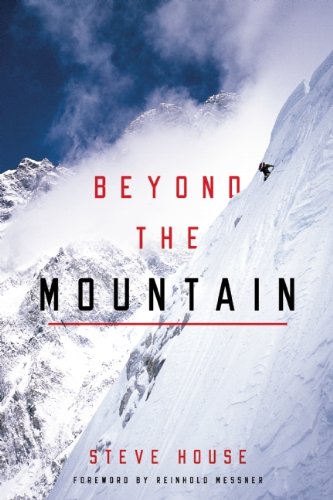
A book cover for Beyond the Mountain; Steve House; Sports & Outdoors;